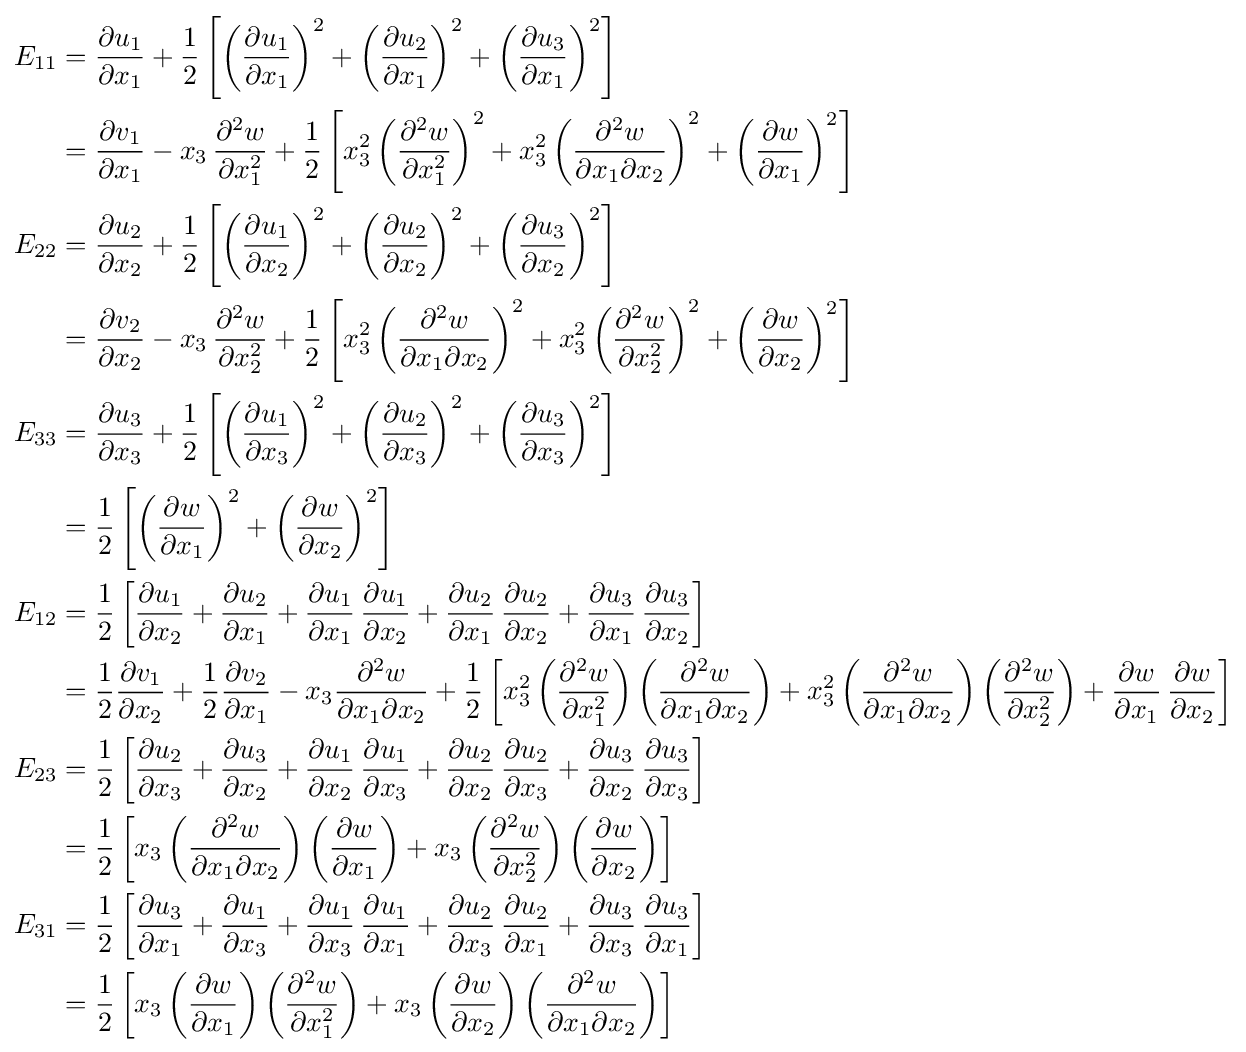
{\begin{aligned}E_{11}&={\frac {\partial u_{1}}{\partial x_{1}}}+{\frac {1}{2}}\left[\left({\frac {\partial u_{1}}{\partial x_{1}}}\right)^{2}+\left({\frac {\partial u_{2}}{\partial x_{1}}}\right)^{2}+\left({\frac {\partial u_{3}}{\partial x_{1}}}\right)^{2}\right]\\&={\frac {\partial v_{1}}{\partial x_{1}}}-x_{3}\,{\frac {\partial ^{2}w}{\partial x_{1}^{2}}}+{\frac {1}{2}}\left[x_{3}^{2}\left({\frac {\partial ^{2}w}{\partial x_{1}^{2}}}\right)^{2}+x_{3}^{2}\left({\frac {\partial ^{2}w}{\partial x_{1}\partial x_{2}}}\right)^{2}+\left({\frac {\partial w}{\partial x_{1}}}\right)^{2}\right]\\E_{22}&={\frac {\partial u_{2}}{\partial x_{2}}}+{\frac {1}{2}}\left[\left({\frac {\partial u_{1}}{\partial x_{2}}}\right)^{2}+\left({\frac {\partial u_{2}}{\partial x_{2}}}\right)^{2}+\left({\frac {\partial u_{3}}{\partial x_{2}}}\right)^{2}\right]\\&={\frac {\partial v_{2}}{\partial x_{2}}}-x_{3}\,{\frac {\partial ^{2}w}{\partial x_{2}^{2}}}+{\frac {1}{2}}\left[x_{3}^{2}\left({\frac {\partial ^{2}w}{\partial x_{1}\partial x_{2}}}\right)^{2}+x_{3}^{2}\left({\frac {\partial ^{2}w}{\partial x_{2}^{2}}}\right)^{2}+\left({\frac {\partial w}{\partial x_{2}}}\right)^{2}\right]\\E_{33}&={\frac {\partial u_{3}}{\partial x_{3}}}+{\frac {1}{2}}\left[\left({\frac {\partial u_{1}}{\partial x_{3}}}\right)^{2}+\left({\frac {\partial u_{2}}{\partial x_{3}}}\right)^{2}+\left({\frac {\partial u_{3}}{\partial x_{3}}}\right)^{2}\right]\\&={\frac {1}{2}}\left[\left({\frac {\partial w}{\partial x_{1}}}\right)^{2}+\left({\frac {\partial w}{\partial x_{2}}}\right)^{2}\right]\\E_{12}&={\frac {1}{2}}\left[{\frac {\partial u_{1}}{\partial x_{2}}}+{\frac {\partial u_{2}}{\partial x_{1}}}+{\frac {\partial u_{1}}{\partial x_{1}}}\,{\frac {\partial u_{1}}{\partial x_{2}}}+{\frac {\partial u_{2}}{\partial x_{1}}}\,{\frac {\partial u_{2}}{\partial x_{2}}}+{\frac {\partial u_{3}}{\partial x_{1}}}\,{\frac {\partial u_{3}}{\partial x_{2}}}\right]\\&={\frac {1}{2}}{\frac {\partial v_{1}}{\partial x_{2}}}+{\frac {1}{2}}{\frac {\partial v_{2}}{\partial x_{1}}}-x_{3}{\frac {\partial ^{2}w}{\partial x_{1}\partial x_{2}}}+{\frac {1}{2}}\left[x_{3}^{2}\left({\frac {\partial ^{2}w}{\partial x_{1}^{2}}}\right)\left({\frac {\partial ^{2}w}{\partial x_{1}\partial x_{2}}}\right)+x_{3}^{2}\left({\frac {\partial ^{2}w}{\partial x_{1}\partial x_{2}}}\right)\left({\frac {\partial ^{2}w}{\partial x_{2}^{2}}}\right)+{\frac {\partial w}{\partial x_{1}}}\,{\frac {\partial w}{\partial x_{2}}}\right]\\E_{23}&={\frac {1}{2}}\left[{\frac {\partial u_{2}}{\partial x_{3}}}+{\frac {\partial u_{3}}{\partial x_{2}}}+{\frac {\partial u_{1}}{\partial x_{2}}}\,{\frac {\partial u_{1}}{\partial x_{3}}}+{\frac {\partial u_{2}}{\partial x_{2}}}\,{\frac {\partial u_{2}}{\partial x_{3}}}+{\frac {\partial u_{3}}{\partial x_{2}}}\,{\frac {\partial u_{3}}{\partial x_{3}}}\right]\\&={\frac {1}{2}}\left[x_{3}\left({\frac {\partial ^{2}w}{\partial x_{1}\partial x_{2}}}\right)\left({\frac {\partial w}{\partial x_{1}}}\right)+x_{3}\left({\frac {\partial ^{2}w}{\partial x_{2}^{2}}}\right)\left({\frac {\partial w}{\partial x_{2}}}\right)\right]\\E_{31}&={\frac {1}{2}}\left[{\frac {\partial u_{3}}{\partial x_{1}}}+{\frac {\partial u_{1}}{\partial x_{3}}}+{\frac {\partial u_{1}}{\partial x_{3}}}\,{\frac {\partial u_{1}}{\partial x_{1}}}+{\frac {\partial u_{2}}{\partial x_{3}}}\,{\frac {\partial u_{2}}{\partial x_{1}}}+{\frac {\partial u_{3}}{\partial x_{3}}}\,{\frac {\partial u_{3}}{\partial x_{1}}}\right]\\&={\frac {1}{2}}\left[x_{3}\left({\frac {\partial w}{\partial x_{1}}}\right)\left({\frac {\partial ^{2}w}{\partial x_{1}^{2}}}\right)+x_{3}\left({\frac {\partial w}{\partial x_{2}}}\right)\left({\frac {\partial ^{2}w}{\partial x_{1}\partial x_{2}}}\right)\right]\end{aligned}}